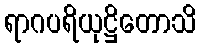
ရာဂပရိယုဋ္ဌိတောသိ